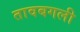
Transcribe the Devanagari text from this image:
तावबगली